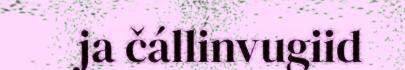
ja čállinvugiid